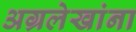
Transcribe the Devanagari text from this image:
अग्रलेखांना